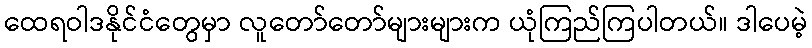
ထေရဝါဒနိုင်ငံတွေမှာ လူတော်တော်များများက ယုံကြည်ကြပါတယ်။ ဒါပေမဲ့